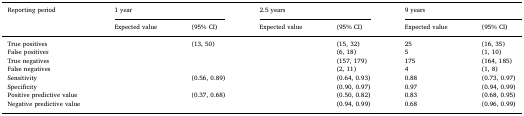
<table><thead><tr><td><b>Reporting period</b></td><td colspan="2"><b>1 year</b></td><td colspan="2"><b>2.5 years</b></td><td colspan="2"><b>9 years</b></td></tr><tr><td>[EMPTY_CELL]</td><td><b>Expected value</b></td><td><b>(95% CI)</b></td><td><b>Expected value</b></td><td><b>(95% CI)</b></td><td><b>Expected value</b></td><td><b>(95% CI)</b></td></tr></thead><tbody><tr><td>True positives</td><td>[EMPTY_CELL]</td><td>(13, 50)</td><td>[EMPTY_CELL]</td><td>(15, 32)</td><td>25</td><td>(16, 35)</td></tr><tr><td>False positives</td><td>[EMPTY_CELL]</td><td>[EMPTY_CELL]</td><td>[EMPTY_CELL]</td><td>(6, 18)</td><td>5</td><td>(1, 10)</td></tr><tr><td>True negatives</td><td>[EMPTY_CELL]</td><td>[EMPTY_CELL]</td><td>[EMPTY_CELL]</td><td>(157, 179)</td><td>175</td><td>(164, 185)</td></tr><tr><td>False negatives</td><td>[EMPTY_CELL]</td><td>[EMPTY_CELL]</td><td>[EMPTY_CELL]</td><td>(2, 11)</td><td>4</td><td>(1, 8)</td></tr><tr><td>Sensitivity</td><td>[EMPTY_CELL]</td><td>(0.56, 0.89)</td><td>[EMPTY_CELL]</td><td>(0.64, 0.93)</td><td>0.88</td><td>(0.73, 0.97)</td></tr><tr><td>Specificity</td><td>[EMPTY_CELL]</td><td>[EMPTY_CELL]</td><td>[EMPTY_CELL]</td><td>(0.90, 0.97)</td><td>0.97</td><td>(0.94, 0.99)</td></tr><tr><td>Positive predictive value</td><td>[EMPTY_CELL]</td><td>(0.37, 0.68)</td><td>[EMPTY_CELL]</td><td>(0.50, 0.82)</td><td>0.83</td><td>(0.68, 0.95)</td></tr><tr><td>Negative predictive value</td><td>[EMPTY_CELL]</td><td>[EMPTY_CELL]</td><td>[EMPTY_CELL]</td><td>(0.94, 0.99)</td><td>0.68</td><td>(0.96, 0.99)</td></tr></tbody></table>